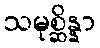
သမုစ္ဆိန္နာ